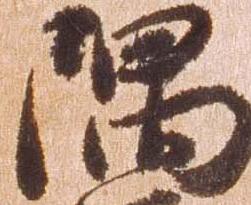
隅